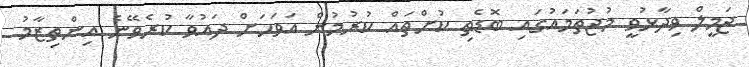
ޖަމީލް ވިދާޅުވީ މުޖުތަމައުގައި ބޮޑެތި ކުށްތައް ކުރުމުން އަވަހަށް ދައުވާ ކުރެވޭނެ އިންތިޒާމު